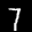
Label: 7